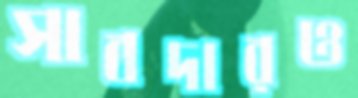
সাবদারও